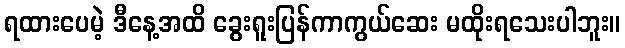
ရထားပေမဲ့ ဒီနေ့အထိ ခွေးရူးပြန်ကာကွယ်ဆေး မထိုးရသေးပါဘူး။